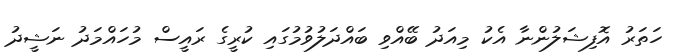
ހަތަރު އޮފިޝަލުންނާ އެކު މިއަދު ބޭއްވި ބައްދަލުވުމުގައި ކުރީގެ ރައީސް މުހައްމަދު ނަޝީދު